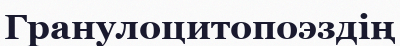
Гранулоцитопоэздің